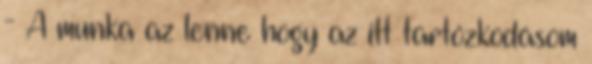
- A munka az lenne hogy az itt tartózkodásom